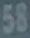
58